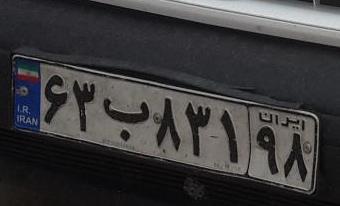
۶۳ب۸۳۱۹۸